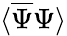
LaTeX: \langle{\overline{{\Psi}}}\Psi\rangle